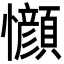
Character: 𫻤